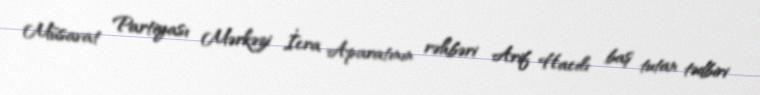
Müsavat Partiyası Mərkəzi İcra Aparatının rəhbəri Arif Hacılı baş tutan tədbiri